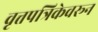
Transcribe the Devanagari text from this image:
वृत्तपत्रिकेवरून